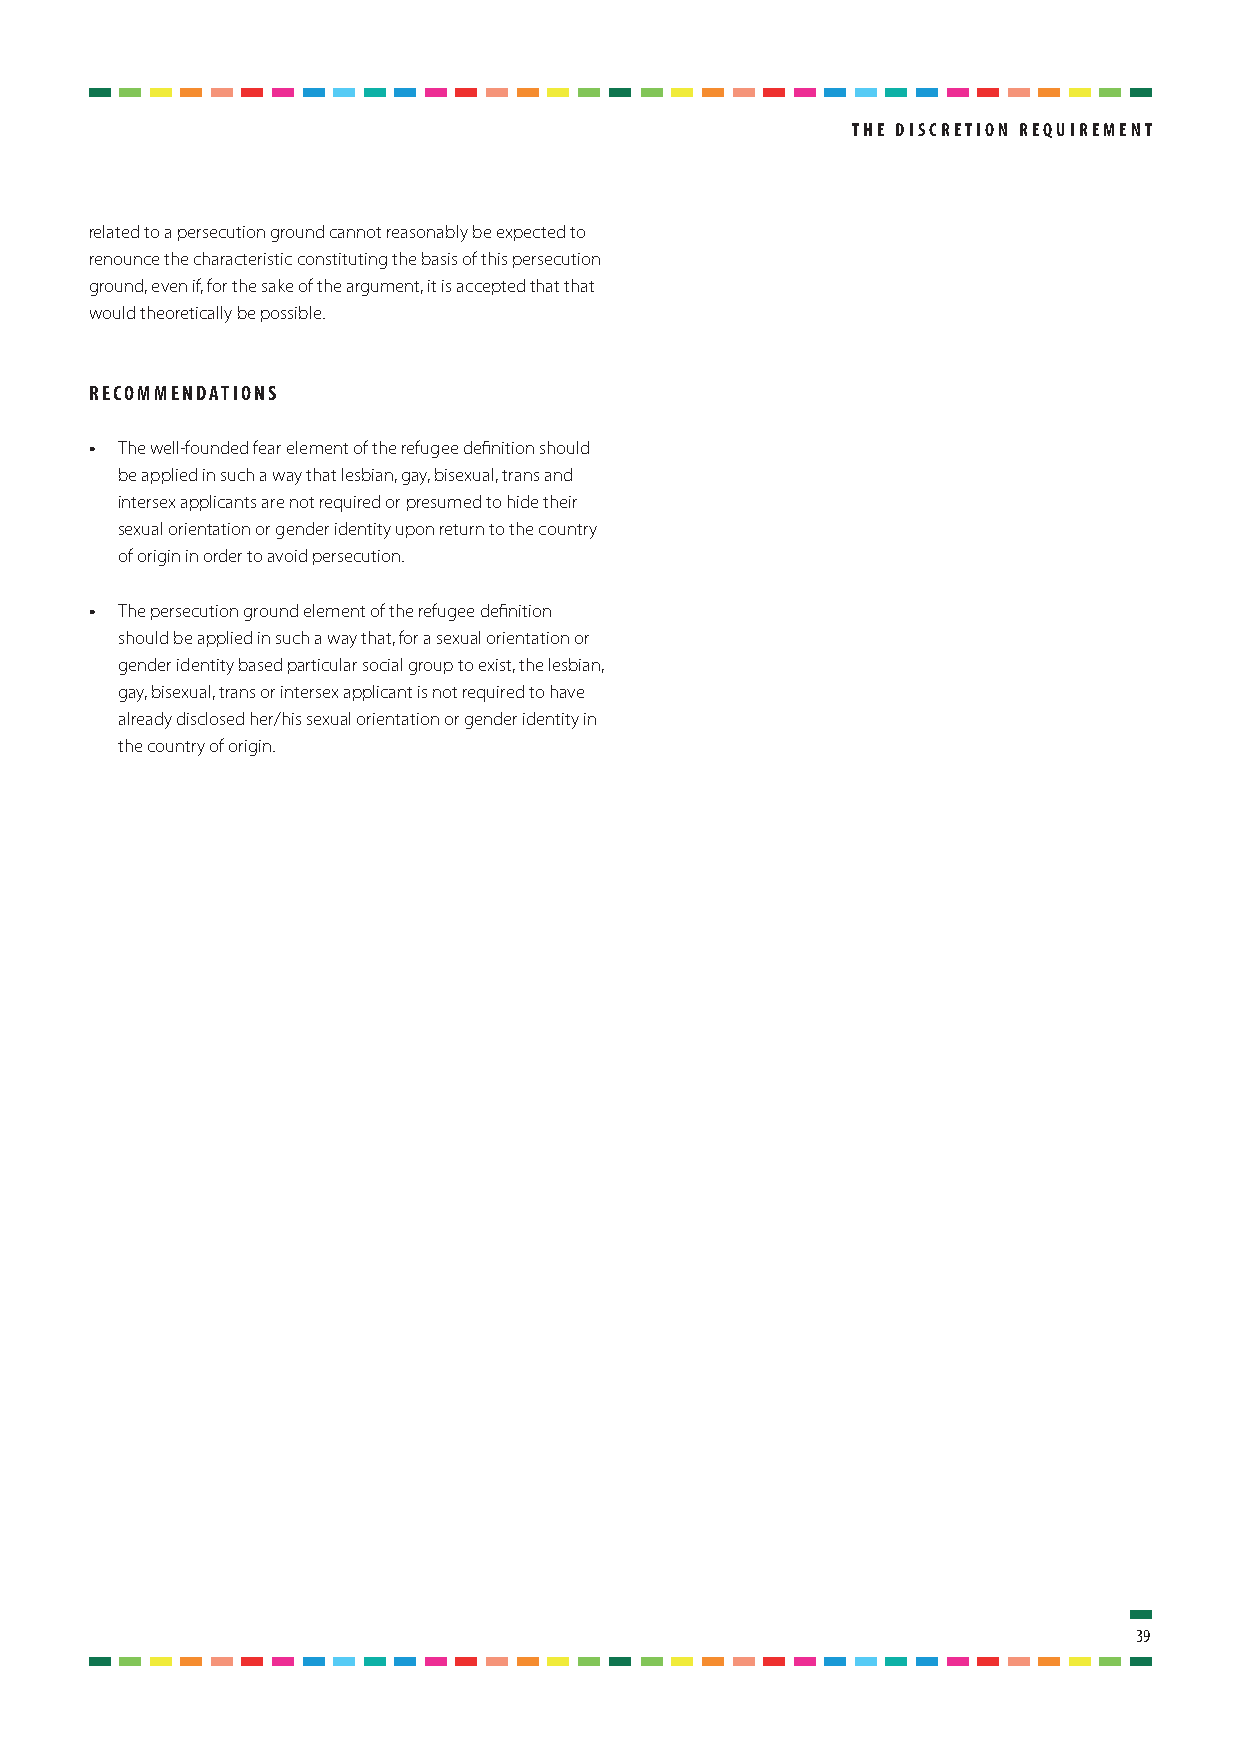
thE diScrEtion rEquirEmEnt
 related to a persecution ground cannot reasonably be expected to
 renounce the characteristic constituting the basis of this persecution
 ground, even if, for the sake of the argument, it is accepted that that
 would theoretically be possible.
 rEcommEndationS
 • The well-founded fear element of the refugee definition should
 be applied in such a way that lesbian, gay, bisexual, trans and
 intersex applicants are not required or presumed to hide their
 sexual orientation or gender identity upon return to the country
 of origin in order to avoid persecution.
 • The persecution ground element of the refugee definition
 should be applied in such a way that, for a sexual orientation or
 gender identity based particular social group to exist, the lesbian,
 gay, bisexual, trans or intersex applicant is not required to have
 already disclosed her/his sexual orientation or gender identity in
 the country of origin.
 39